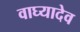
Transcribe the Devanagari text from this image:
वाघ्यादेव